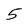
Character: 5